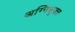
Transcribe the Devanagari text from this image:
अग्निसूक्त